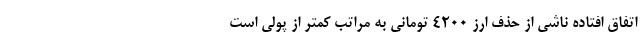
اتفاق افتاده ناشی از حذف ارز ۴۲۰۰ تومانی به مراتب کمتر از پولی است